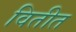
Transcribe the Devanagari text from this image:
वितीत